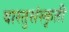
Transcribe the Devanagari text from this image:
वास्तुसंस्कृती